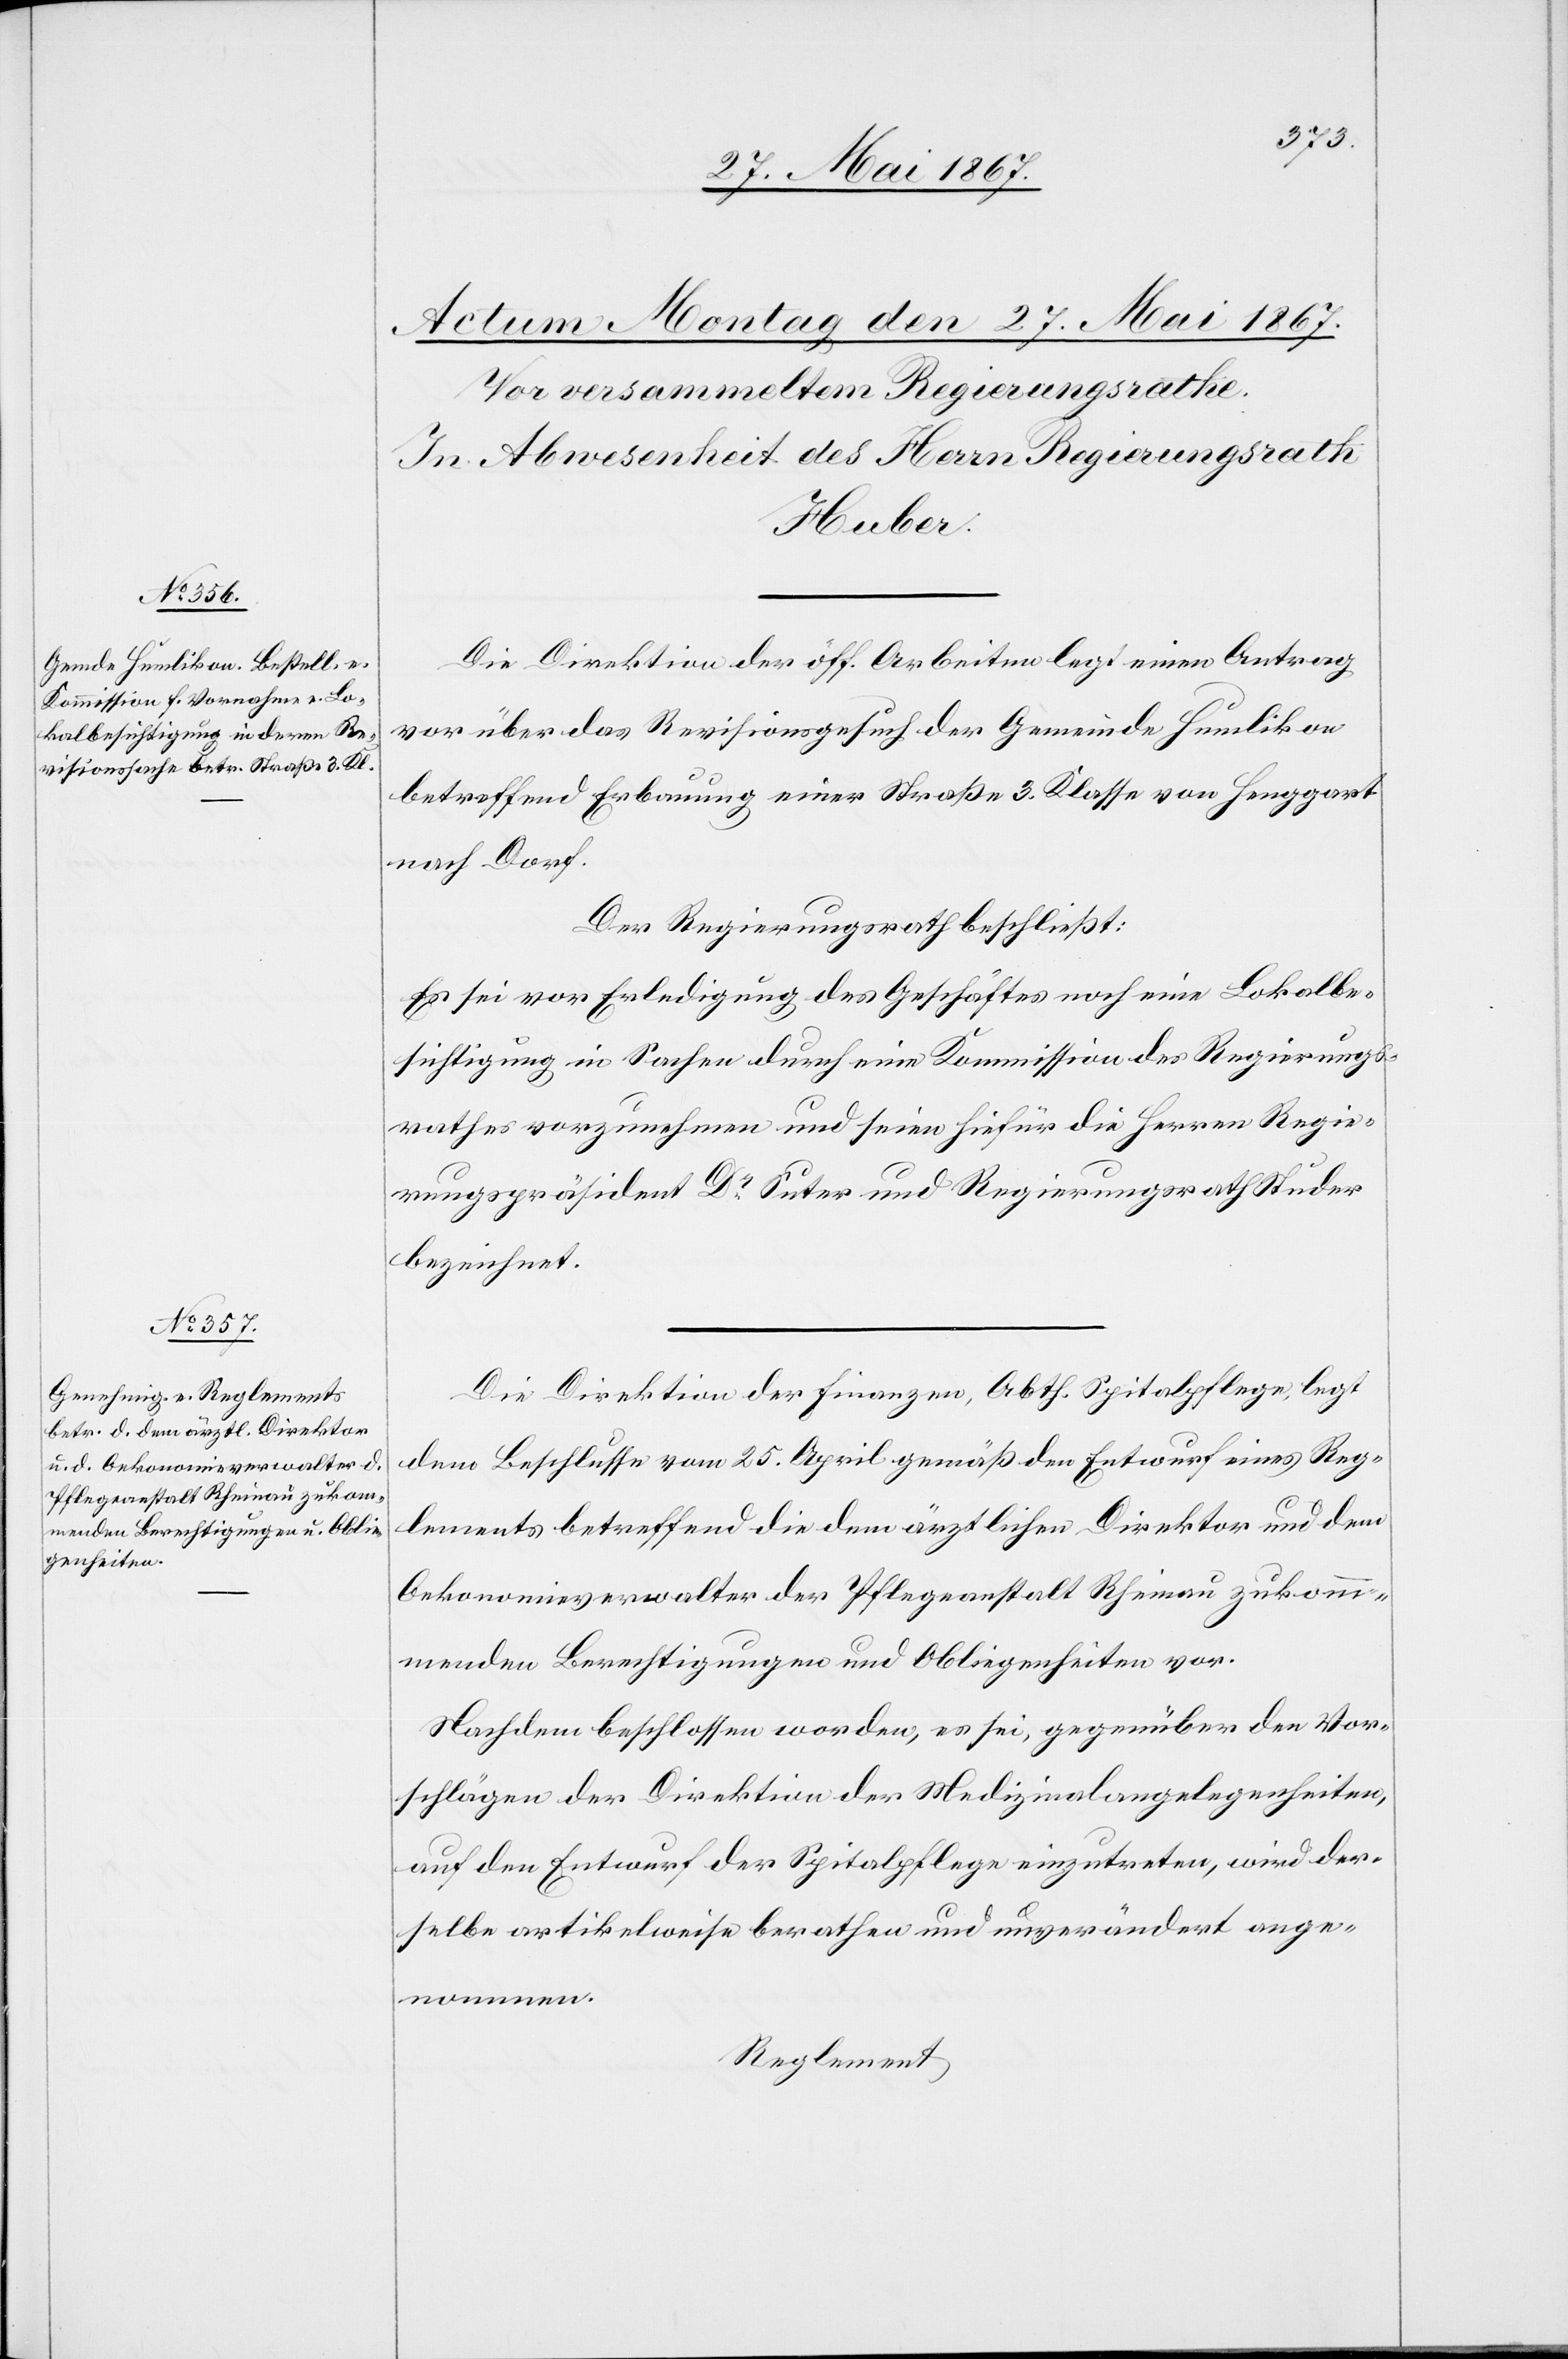
Die Direktion der öff. Arbeiten legt einen Antrag
vor über das Revisionsgesuch der Gemeinde Humlikon
betreffend Erbauung einer Straße 3. Klasse von Henggart
nach Dorf.
Der Regierungsrath beschließt:
Es sei vor Erledigung des Geschäftes noch eine Lokalbe¬
sichtigung in Sachen durch eine Kommission des Regierungs¬
rathes vorzunehmen und seien hiefür die Herren Regie¬
rungspräsident Dr. Suter und Regierungsrath Studer
bezeichnet.
Die Direktion der Finanzen, Abth. Spitalpflege, legt
dem Beschlusse vom 25. April gemäß den Entwurf eines Reg¬
lements betreffend die dem ärztlichen Direktor und dem
Oekonomieverwalter der Pfleganstalt Rheinau zukom¬
menden Berechtigungen und Obliegenheiten vor.
Nachdem beschlossen worden, es sei, gegenüber den Vor¬
schlägen der Direktion der Medizinalangelegenheiten,
auf den Entwurf der Spitalpflege einzutreten, wird der¬
selbe artikelweise berathen und unverändert ange¬
nommen.
Reglement